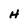
Character: H